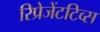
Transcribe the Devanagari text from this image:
रिप्रेजेंटटिव्स